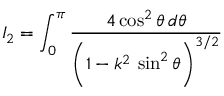
I _ { 2 } = \int _ { 0 } ^ { \pi } \frac { 4 \cos ^ { 2 } \theta \, d \theta } { \bigg ( 1 - k ^ { 2 } \, \sin ^ { 2 } \theta \bigg ) ^ { 3 / 2 } }